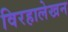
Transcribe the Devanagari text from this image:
विरहालेखन